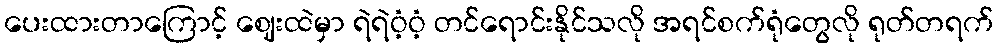
ပေးထားတာကြောင့် ဈေးထဲမှာ ရဲရဲဝံ့ဝံ့ တင်ရောင်းနိုင်သလို အရင်စက်ရုံတွေလို ရုတ်တရက်